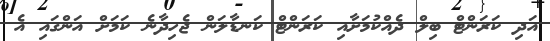
އަދި ކަރަންޓް ބިލް ދެއްކުމަށާއި ކަރަންޓް ކަނޑާލަން ޖެހިދާނެ ކަމަށް އަންގައި އެ